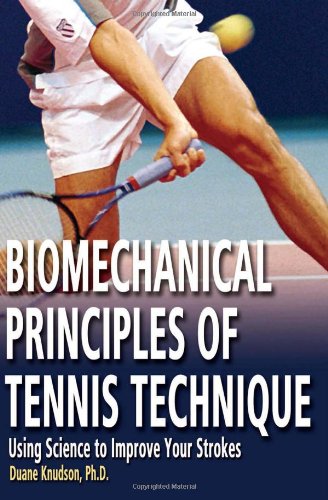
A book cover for Biomechanical Principles of Tennis Technique: Using Science to Improve Your Strokes; Duane Knudson PhD; Sports & Outdoors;